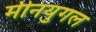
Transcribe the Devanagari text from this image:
मीनयुगल